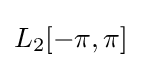
L_{2}[-\pi ,\pi ]